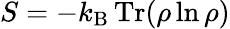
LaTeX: S=-k_{\mathrm{B}}\, \mathrm{{Tr}}(\rho\ln\rho)